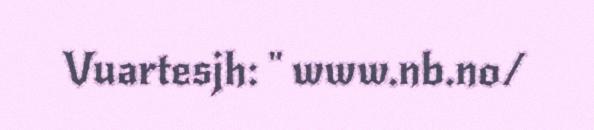
Vuartesjh: " www.nb.no/